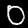
Digit: 0